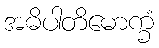
အဓိပါတိမောက္ခံ